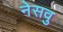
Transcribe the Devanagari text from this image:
नेसवु